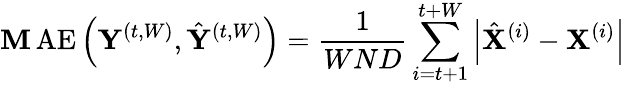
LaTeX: \operatorname{\mathbf{M}AE}\left(\mathbf{{Y}}^{(t,W)},\hat{{\mathbf{{Y}}}}^{(t,W)}\right)=\frac{{1}}{{WND}}\sum_{i=t+1}^{t+W}\left|\hat{{\mathbf{{X}}}}^{(i)}-\mathbf{{X}}^{(i)}\right|